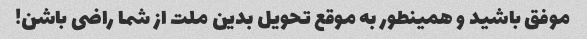
موفق باشید و همینطور به موقع تحویل بدین ملت از شما راضی باشن!